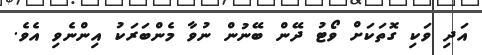
އަދި ވަކި ގޮތަކަށް ވޯޓު ދޭން ބޭނުން ނުވާ މެންބަރަކު އިންނެވި އެވެ.